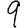
Digit: 9